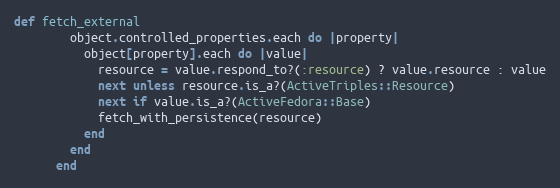
Language: Ruby
def fetch_external
        object.controlled_properties.each do |property|
          object[property].each do |value|
            resource = value.respond_to?(:resource) ? value.resource : value
            next unless resource.is_a?(ActiveTriples::Resource)
            next if value.is_a?(ActiveFedora::Base)
            fetch_with_persistence(resource)
          end
        end
      end